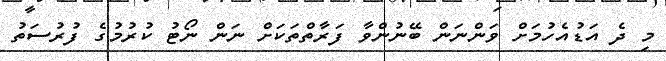
މި ދެ އަަޑުއެހުމަށް ވަންނަން ބޭނުންވާ ފަރާތްތަކަށް ނަން ނޯޓު ކުރުމުގެ ފުރުސަތު